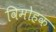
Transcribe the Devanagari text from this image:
विमोहक